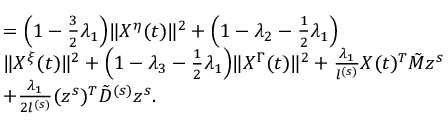
\begin{array} { r l } & { = \Big ( 1 - \frac 3 2 \lambda _ { 1 } \Big ) \| X ^ { \eta } ( t ) \| ^ { 2 } + \Big ( 1 - \lambda _ { 2 } - \frac 1 2 \lambda _ { 1 } \Big ) } \\ & { \| X ^ { \xi } ( t ) \| ^ { 2 } + \Big ( 1 - \lambda _ { 3 } - \frac 1 2 \lambda _ { 1 } \Big ) \| X ^ { \Gamma } ( t ) \| ^ { 2 } + \frac { \lambda _ { 1 } } { l ^ { ( s ) } } X ( t ) ^ { T } \tilde { M } z ^ { s } } \\ & { + \frac { \lambda _ { 1 } } { 2 l ^ { ( s ) } } ( z ^ { s } ) ^ { T } \tilde { D } ^ { ( s ) } z ^ { s } . } \end{array}